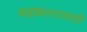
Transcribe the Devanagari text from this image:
अहंकारापायी